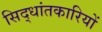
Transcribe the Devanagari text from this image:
सिद्धांतकारियों